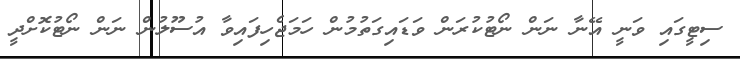
ސިޓީގައި ވަނީ އޭނާ ނަން ނޯޓުކުރަން ވަޑައިގަތުމުން ހަމަޖެހިފައިވާ އުސޫލުން ނަން ނޯޓުކޮށްދީ